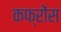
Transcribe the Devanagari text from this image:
कफ्रोंस